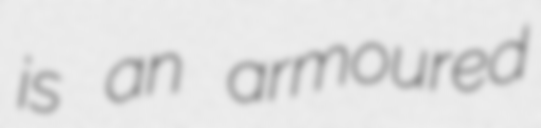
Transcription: is an armoured